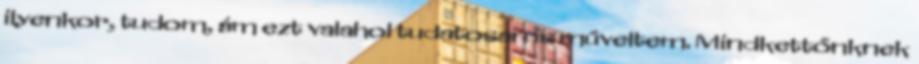
ilyenkor, tudom, ám ezt valahol tudatosan is műveltem. Mindkettőnknek